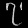
Digit: ၇